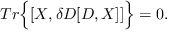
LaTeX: T r \Big \{ [ X , \delta D [ D , X ] ] \Big \} = 0 .